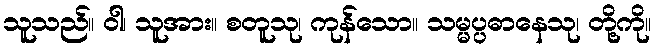
သူသည်။ ဝါ၊ သူအား။ စတူသု၊ ကုန်သော။ သမ္မပ္ပဓာနေသု၊ တို့ကို။